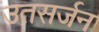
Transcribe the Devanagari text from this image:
उतसर्जन